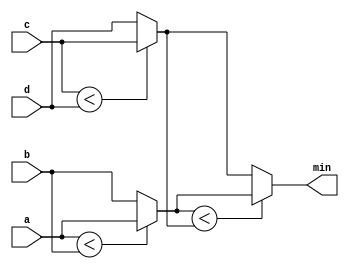
// Given four unsigned numbers, find the minimum. Unsigned numbers can be compared with standard comparison operators (a < b). 
// Use the conditional operator to make two-way min circuits, then compose a few of them to create a 4-way min circuit.

module comare (
    input [7:0] a, b, c, d,
    output [7:0] min);//
	
    wire [7:0] min_ab,min_cd ;
    // assign intermediate_result1 = compare? true: false;
    assign min_ab = a < b ? a : b ;
    assign min_cd = c < d ? c : d ;
    assign min = min_ab < min_cd ? min_ab : min_cd ;

endmodule